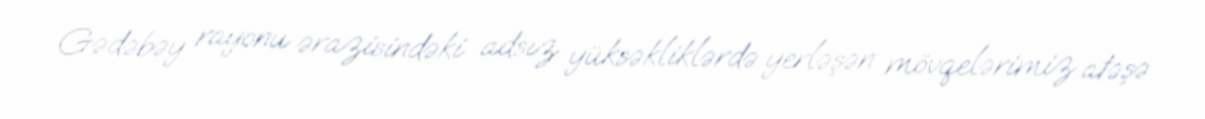
Gədəbəy rayonu ərazisindəki adsız yüksəkliklərdə yerləşən mövqelərimiz atəşə